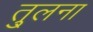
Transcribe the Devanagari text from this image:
तु्लना